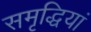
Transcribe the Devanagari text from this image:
समृद्धियां